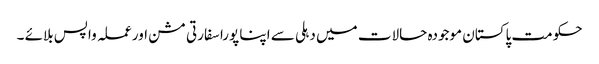
حکومت پاکستان موجودہ حالات میں دہلی سے اپنا پورا سفارتی مشن اور عملہ واپس بلائے ۔